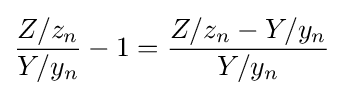
{\frac {Z/z_{n}}{Y/y_{n}}}-1={\frac {Z/z_{n}-Y/y_{n}}{Y/y_{n}}}